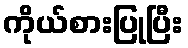
ကိုယ်စားပြုပြီး